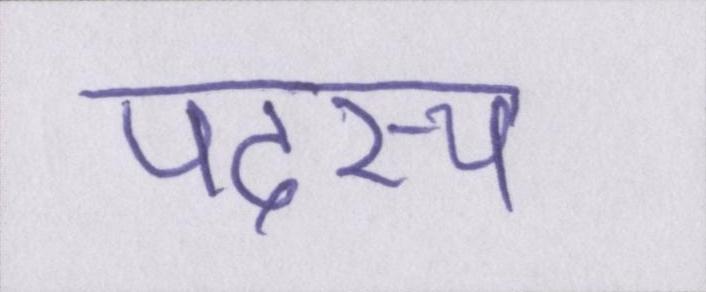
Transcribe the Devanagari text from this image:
पदस्थ